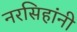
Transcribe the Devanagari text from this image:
नरसिहांनी